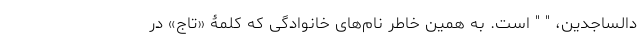
د‌الساجدین، " " است. به همین خاطر نام‌های خانوادگی که کلمۀ «تاج» در